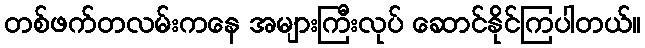
တစ်ဖက်တလမ်းကနေ အများကြီးလုပ် ဆောင်နိုင်ကြပါတယ်။